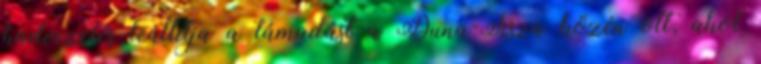
hadvezetés leállítja a támadást a Duna-Tisza közén ott, ahol